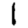
Digit: 1